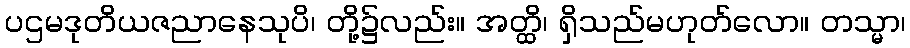
ပဌမဒုတိယဇညာနေသုပိ၊ တို့၌လည်း။ အတ္ထိ၊ ရှိသည်မဟုတ်လော။ တသ္မာ၊